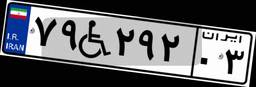
۴۶W۳۵۲۵۷